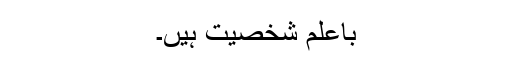
باعلم شخصیت ہیں۔